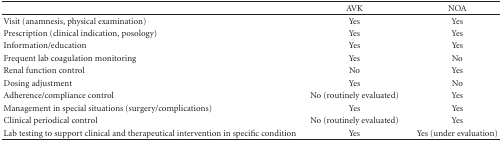
<table><thead><tr><td><b> </b></td><td><b>AVK</b></td><td><b>NOA</b></td></tr></thead><tbody><tr><td>Visit (anamnesis, physical examination)</td><td>Yes</td><td>Yes</td></tr><tr><td>Prescription (clinical indication, posology)</td><td>Yes</td><td>Yes</td></tr><tr><td>Information/education</td><td>Yes</td><td>Yes</td></tr><tr><td>Frequent lab coagulation monitoring</td><td>Yes</td><td>No</td></tr><tr><td>Renal function control</td><td>No</td><td>Yes</td></tr><tr><td>Dosing adjustment</td><td>Yes</td><td>No</td></tr><tr><td>Adherence/compliance control</td><td>No (routinely evaluated)</td><td>Yes</td></tr><tr><td>Management in special situations (surgery/complications)</td><td>Yes</td><td>Yes</td></tr><tr><td>Clinical periodical control</td><td>No (routinely evaluated)</td><td>Yes</td></tr><tr><td>Lab testing to support clinical and therapeutical intervention in specific condition</td><td>Yes</td><td>Yes (under evaluation)</td></tr></tbody></table>